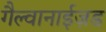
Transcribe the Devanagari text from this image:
गैल्वानाईज़ड